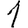
Digit: 1